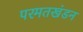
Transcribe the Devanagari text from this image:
परमतखंडन